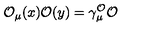
\mathcal { O } _ { \mu } ( x ) \mathcal { O } ( y ) = \gamma _ { \mu } ^ { \mathcal { O } } \mathcal { O }